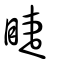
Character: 睫